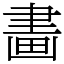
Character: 畵